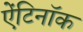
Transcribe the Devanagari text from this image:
ऐंटिनॉक